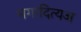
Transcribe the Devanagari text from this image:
भगादित्यअ